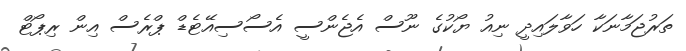
ތަރުޖަމާނަކާ ހަވާލައިދީ ނިއު ޔޯކުގެ ނޫސް އެޖެންސީ އެސޯސިއޭޓެޑް ޕްރެސް އިން ރިޕޯޓް